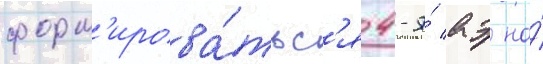
форм'ирова́тьс'я 4-я́ аэ на́